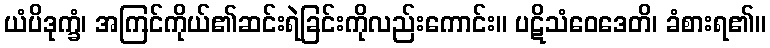
ယံပိဒုက္ခံ၊ အကြင်ကိုယ်၏ဆင်းရဲခြင်းကိုလည်းကောင်း။ ပဋိသံဝေဒေတိ၊ ခံစားရ၏။